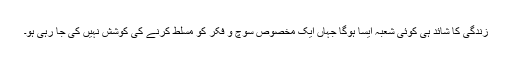
زندگی کا شائد ہی کوئی شعبہ ایسا ہوگا جہاں ایک مخصوص سوچ و فکر کو مسلط کرنے کی کوشش نہیں کی جا رہی ہو۔